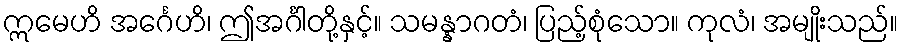
ဣမေဟိ အင်္ဂေဟိ၊ ဤအင်္ဂါတို့နှင့်။ သမန္နာဂတံ၊ ပြည့်စုံသော။ ကုလံ၊ အမျိုးသည်။